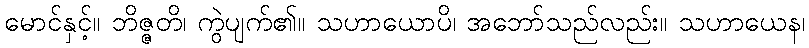
မောင်နှင့်။ ဘိဇ္ဇတိ၊ ကွဲပျက်၏။ သဟာယောပိ၊ အဘော်သည်လည်း။ သဟာယေန၊